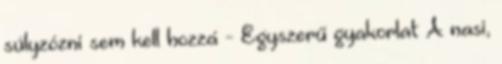
súlyzózni sem kell hozzá - Egyszerű gyakorlat A nasi,